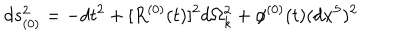
LaTeX: d s _ { ( 0 ) } ^ { 2 } = - d t ^ { 2 } + [ R ^ { ( 0 ) } ( t ) ] ^ { 2 } d \Omega _ { k } ^ { 2 } + \phi ^ { ( 0 ) } ( t ) ( d x ^ { 5 } ) ^ { 2 }